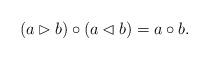
LaTeX: \begin{align*}(a\rhd b)\circ (a\lhd b) = a\circ b.\end{align*}